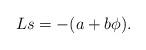
LaTeX: \begin{align*}Ls=-(a+b\phi).\end{align*}